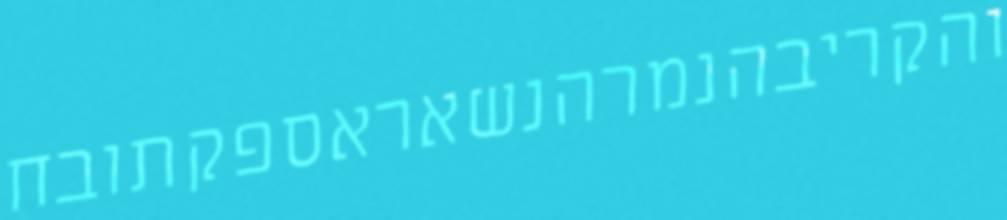
והקריבהנמרהנשאראספקתובח